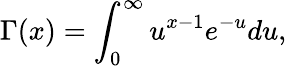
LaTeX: \Gamma(x)=\int_{0}^{\infty}u^{x-1}e^{-u}du,